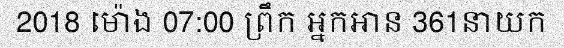
2018 ម៉ោង 07:00 ព្រឹក អ្នកអាន 361នាយក